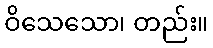
ဝိသေသော၊ တည်း။